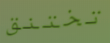
تختنق